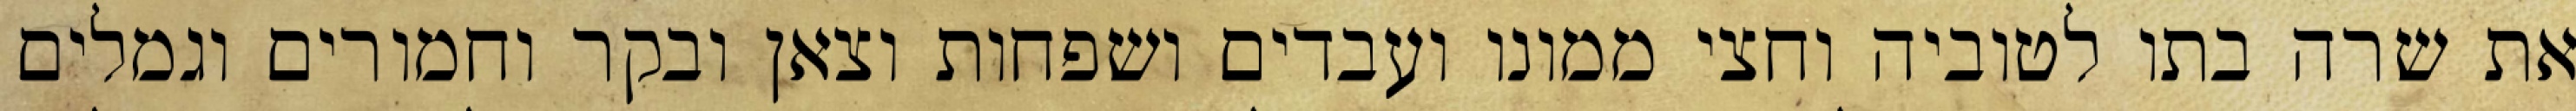
את שרה בתו לטוביה וחצי ממונו ועבדים ושפחות וצאן ובקר וחמורים וגמלים